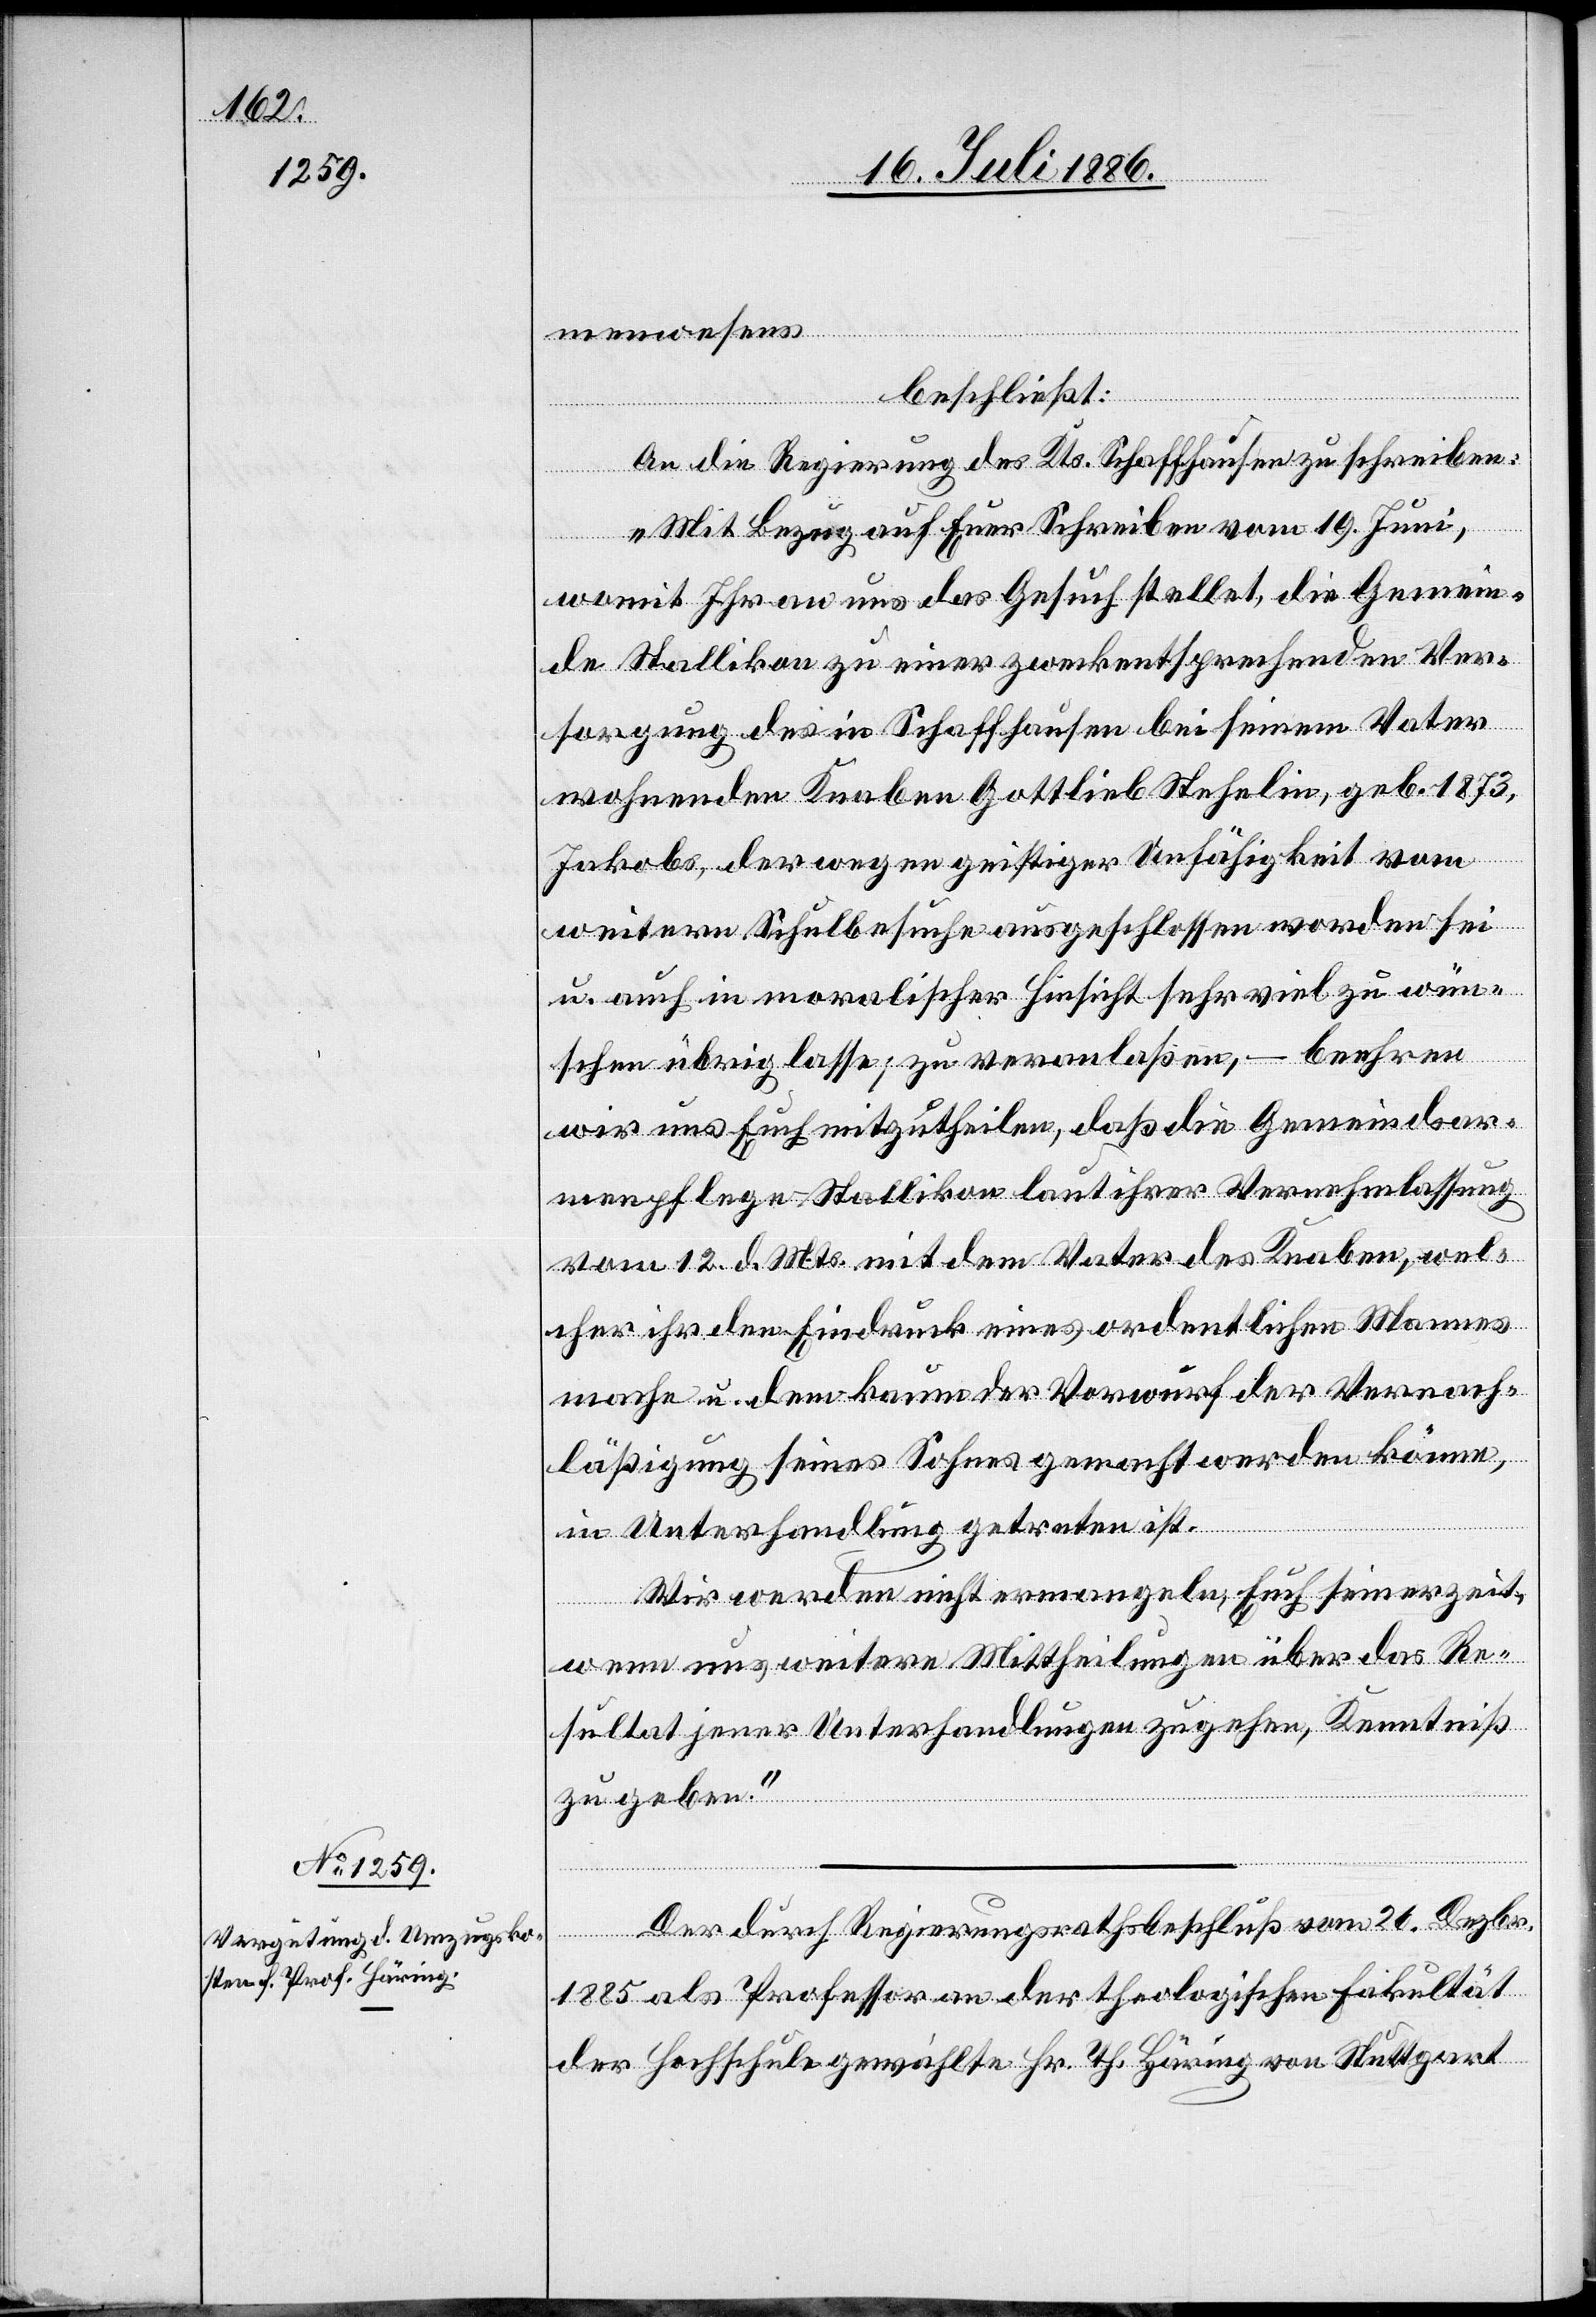
menwesens
beschließt:
An die Regierung des Kts. Schaffhausen zu schreiben:
„Mit Bezug auf Euer Schreiben vom 19. Juni,
womit Ihr an uns das Gesucht stellet, die Gemein¬
de Stallikon zu einer zweckentsprechenden Ver¬
sorgung des in Schaffhausen bei seinem Vater
wohnenden Knaben Gottlieb Stehelin, geb. 1873,
Jakobs, der wegen geistiger Unfähigkeit vom
weitern Schulbesuche ausgeschlossen worden sei
u. auch in moralischer Hinsicht sehr viel zu wün¬
schen übrig lasse; zu veranlaßen, – beehren
wir uns Euch mitzutheilen, daß die Gemeindsar¬
menpflege Stallikon laut ihrer Vernehmlassung
vom 12. d. Mts. mit dem Vater des Knaben, wel¬
cher ihr den Eindruck eines ordentlichen Mannes
mache u. dem kaum der Vorwurf der Vernach¬
läßigung seines Sohnes gemacht werden könne,
in Unterhandlung getreten ist.
Wir werden nicht ermangeln, Euch seinerzeit,
wenn uns weitere Mittheilungen über das Re¬
sultat jener Unterhandlungen zugehen, Kenntniß
zu geben.“
Der durch Regierungsbeschluß vom 26. Dezbr.
1885 als Professor an der theologischen Fakultät
der Hochschule gewählte Hr. Th. Häring von Stuttgart